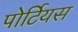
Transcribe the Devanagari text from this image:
पोर्टियस